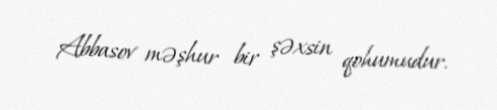
Abbasov məşhur bir şəxsin qohumudur.